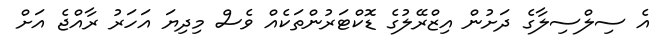
އެ ސިލްސިލާގެ ދަށުން އިޒްރޭލުގެ ޑޮކްޓަރުންތަކެއް ވެސް މިދިޔަ އަހަރު ރާއްޖެ އަށް